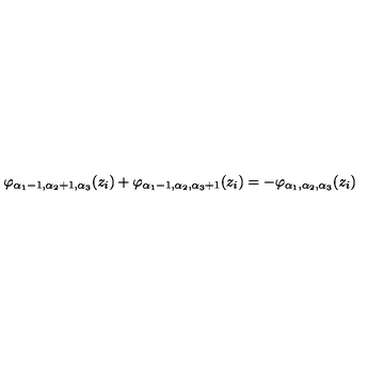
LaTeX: \varphi _ { \alpha _ { 1 } - 1 , \alpha _ { 2 } + 1 , \alpha _ { 3 } } ( z _ { i } ) + \varphi _ { \alpha _ { 1 } - 1 , \alpha _ { 2 } , \alpha _ { 3 } + 1 } ( z _ { i } ) = - \varphi _ { \alpha _ { 1 } , \alpha _ { 2 } , \alpha _ { 3 } } ( z _ { i } )